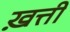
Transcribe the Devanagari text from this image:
ख़त्ती